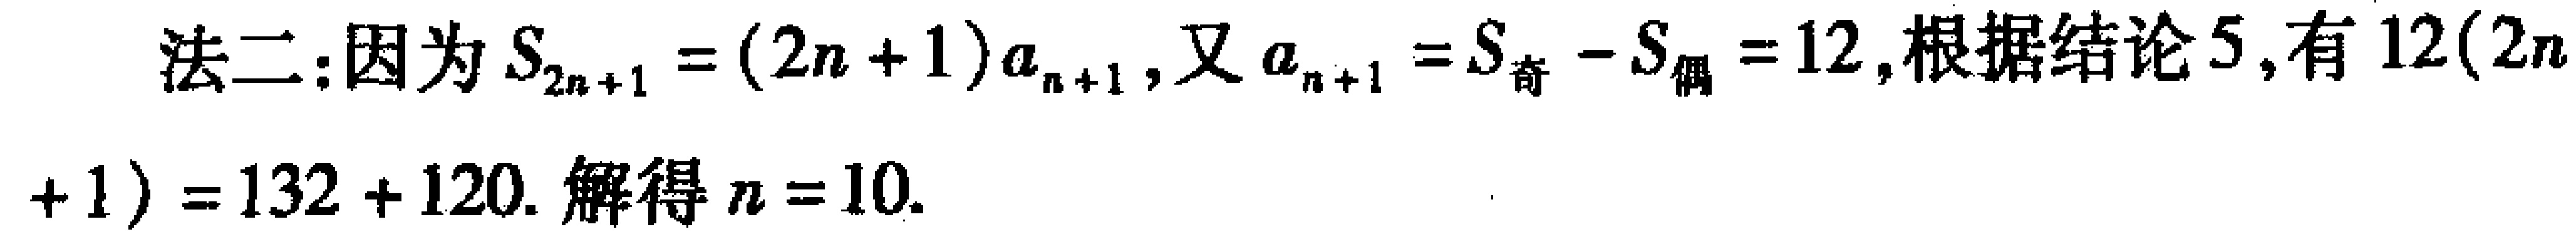
法二：因为\(S_{2n + 1} = (2n + 1)a_{n + 1}\)，又\(a_{n + 1} = S_{奇} - S_{偶} = 12\)，根据结论5，有\(12(2n + 1) = 132 + 120\). 解得\(n = 10\).